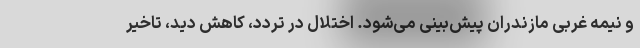
و نیمه غربی مازندران پیش‌بینی می‌شود. اختلال در تردد، کاهش دید، تاخیر